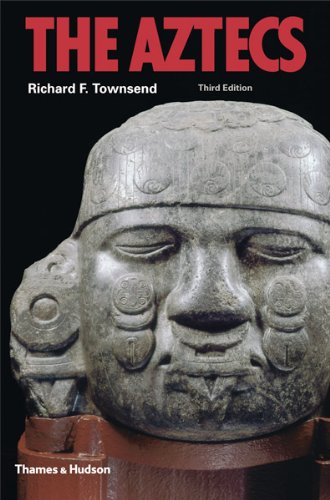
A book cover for The Aztecs (Third Edition)  (Ancient Peoples and Places); Richard F. Townsend; History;